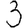
Digit: 3